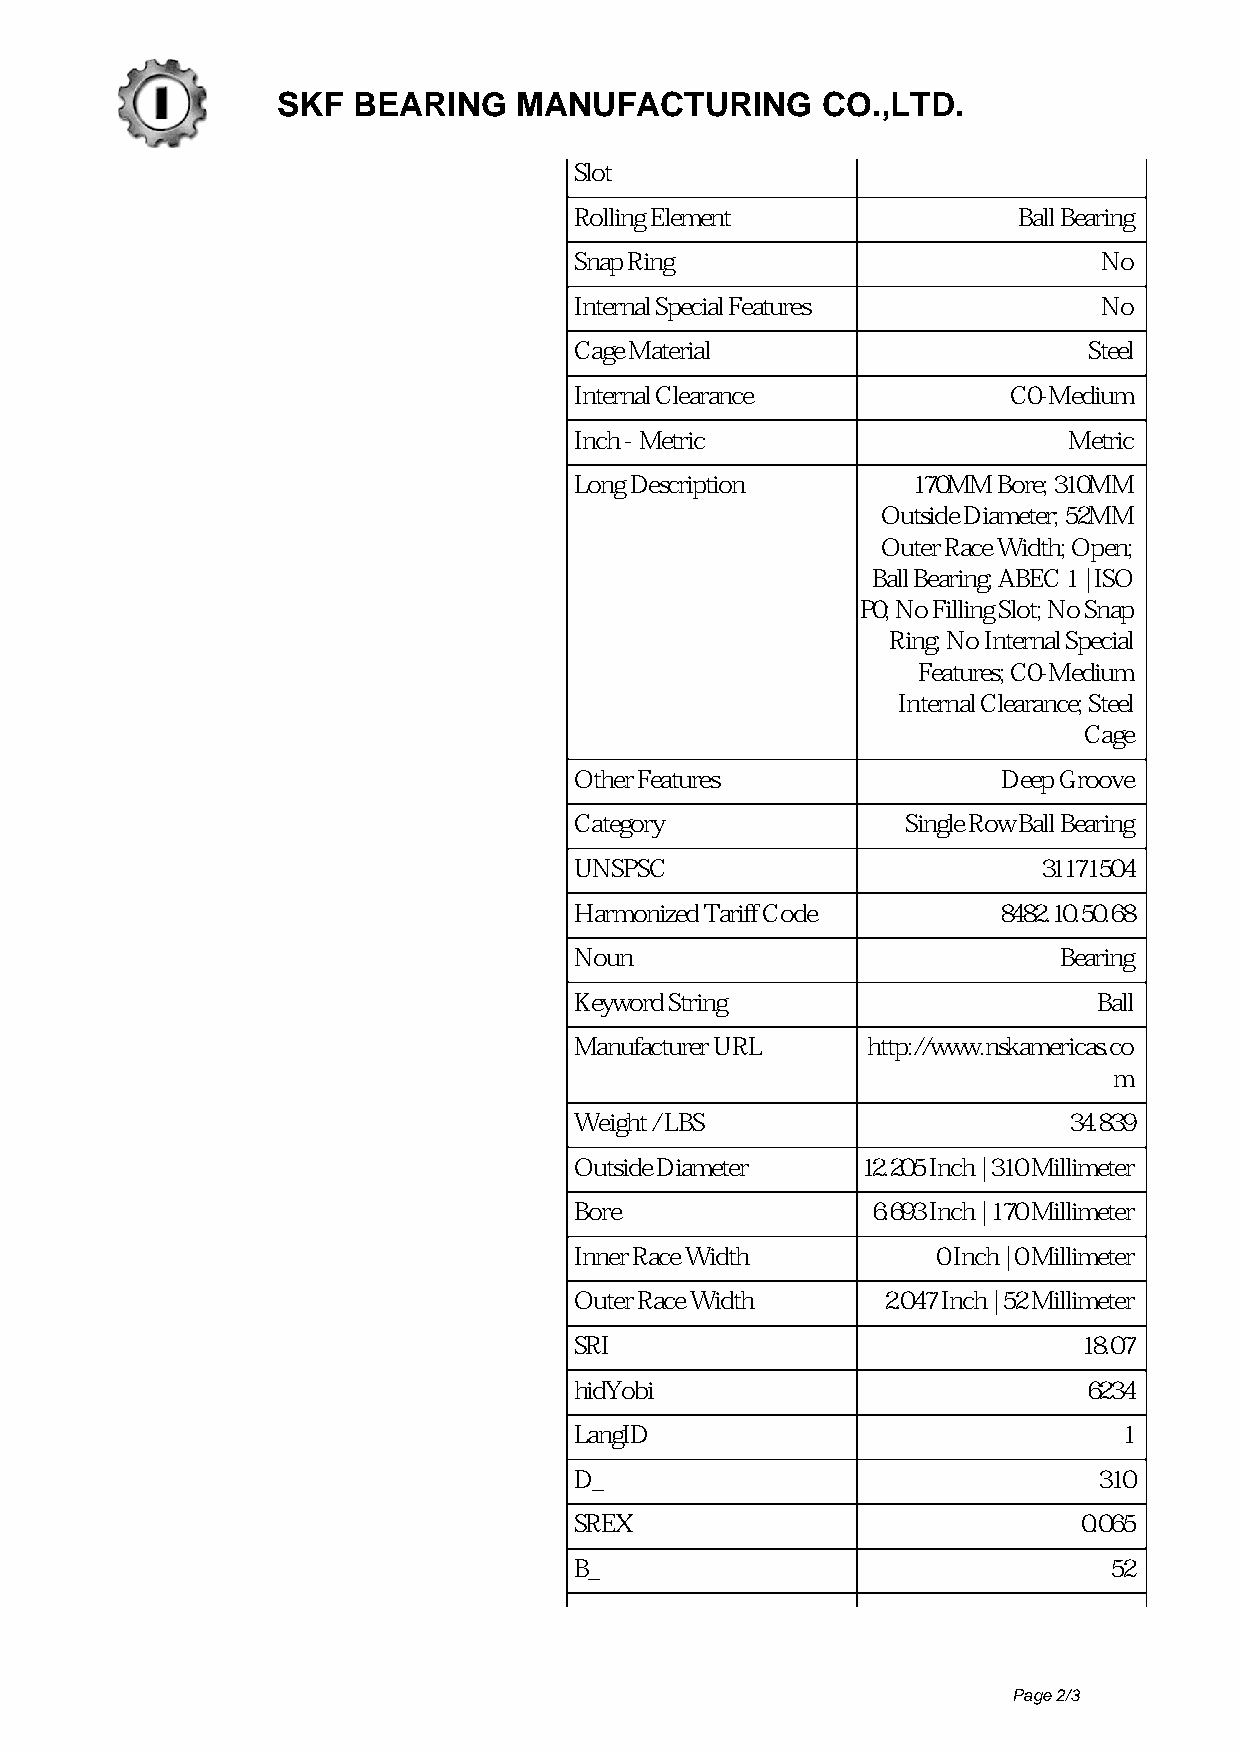
SKF  BEARING    MANUFACTURING       CO.,LTD.
 Slot
 Rolling Element              Ball Bearing
 Snap Ring                          No
 Internal Special Features          No
 Cage Material                     Steel
 Internal Clearance           C0-Medium
 Inch - Metric                    Metric
 Long Description      170MM Bore; 310MM
 Outside Diameter; 52MM
 Outer Race Width; Open;
 Ball Bearing; ABEC 1 | ISO
 P0; No Filling Slot; No Snap
 Ring; No Internal Special
 Features; C0-Medium
 Internal Clearance; Steel
 Cage
 Other Features              Deep Groove
 Category              Single Row Ball Bearing
 UNSPSC                         31171504
 Harmonized Tariff Code      8482.10.50.68
 Noun                            Bearing
 Keyword String                     Ball
 Manufacturer URL   http://www.nskamericas.co
 m
 Weight / LBS                     34.839
 Outside Diameter   12.205 Inch | 310 Millimeter
 Bore                6.693 Inch | 170 Millimeter
 Inner Race Width        0 Inch | 0 Millimeter
 Outer Race Width    2.047 Inch | 52 Millimeter
 SRI                               18.07
 hidYobi                           6234
 LangID                              1
 D_                                 310
 SREX                              0.065
 B_                                 52
 Page 2/3